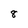
Character: 8